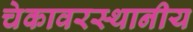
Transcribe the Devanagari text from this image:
चेकावरस्थानीय